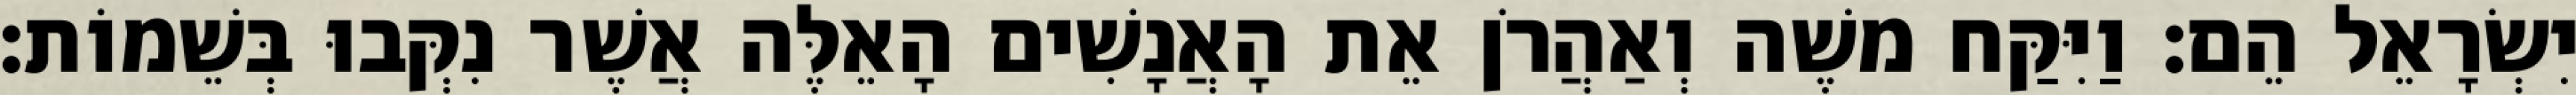
יִשְׂרָאֵל הֵם׃ וַיִּקַּח משֶׁה וְאַהֲרֹן אֵת הָאֲנָשִׁים הָאֵלֶּה אֲשֶׁר נִקְּבוּ בְּשֵׁמוֹת׃